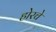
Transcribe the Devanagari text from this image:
होरचे